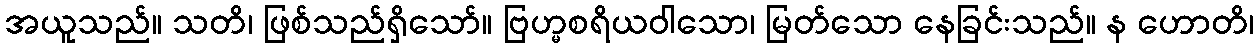
အယူသည်။ သတိ၊ ဖြစ်သည်ရှိသော်။ ဗြဟ္မစရိယဝါသော၊ မြတ်သော နေခြင်းသည်။ န ဟောတိ၊